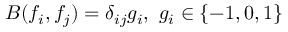
B ( f _ { i } , f _ { j } ) = \delta _ { i j } g _ { i } , \ g _ { i } \in \{ - 1 , 0 , 1 \}